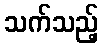
သက်သည့်